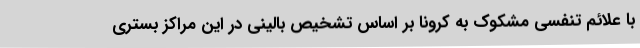
با علائم تنفسی مشکوک به کرونا بر اساس تشخیص بالینی در این مراکز بستری